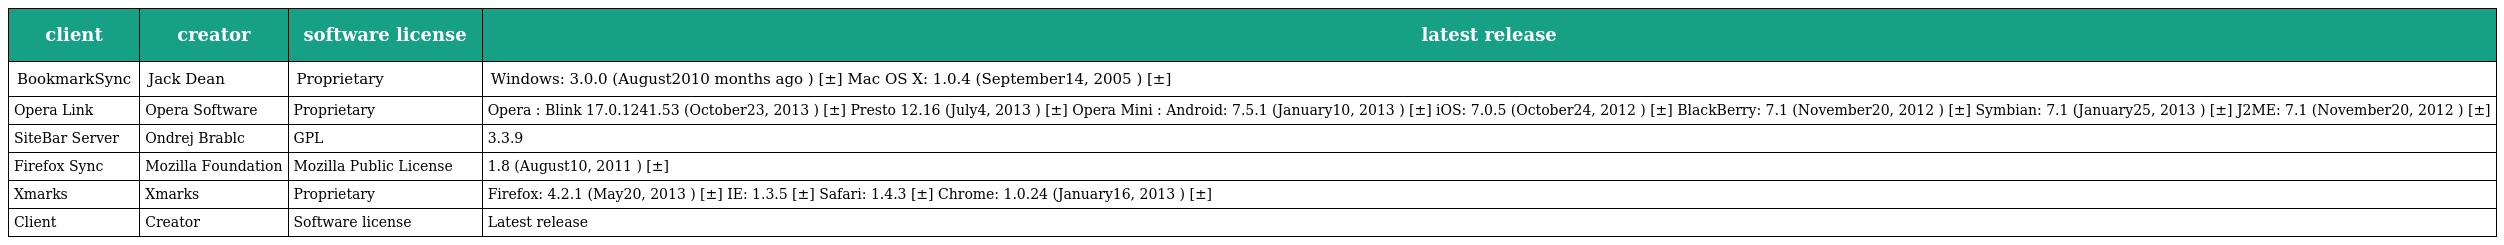
| client | creator | software license | latest release |
 | --- | --- | --- | --- |
 | BookmarkSync | Jack Dean | Proprietary | Windows: 3.0.0 (August2010 months ago ) [±] Mac OS X: 1.0.4 (September14, 2005 ) [±] |
 | Opera Link | Opera Software | Proprietary | Opera : Blink 17.0.1241.53 (October23, 2013 ) [±] Presto 12.16 (July4, 2013 ) [±] Opera Mini : Android: 7.5.1 (January10, 2013 ) [±] iOS: 7.0.5 (October24, 2012 ) [±] BlackBerry: 7.1 (November20, 2012 ) [±] Symbian: 7.1 (January25, 2013 ) [±] J2ME: 7.1 (November20, 2012 ) [±] |
 | SiteBar Server | Ondrej Brablc | GPL | 3.3.9 |
 | Firefox Sync | Mozilla Foundation | Mozilla Public License | 1.8 (August10, 2011 ) [±] |
 | Xmarks | Xmarks | Proprietary | Firefox: 4.2.1 (May20, 2013 ) [±] IE: 1.3.5 [±] Safari: 1.4.3 [±] Chrome: 1.0.24 (January16, 2013 ) [±] |
 | Client | Creator | Software license | Latest release |